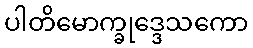
ပါတိမောက္ခုဒ္ဒေသကော